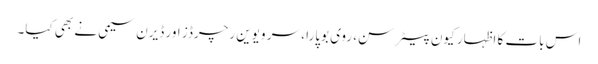
اس بات کا اظہار کیون پیٹرسن، روی بوپارا ، سر ویوین رچرڈز اور ڈیرن سیمی نے بھی کیا۔